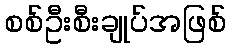
စစ်ဦးစီးချုပ်အဖြစ်